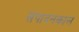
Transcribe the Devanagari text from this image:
संपादनकाल